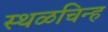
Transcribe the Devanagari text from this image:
स्थळचिन्ह